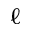
\ell